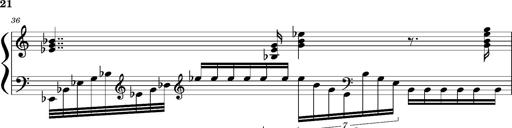
Title: Concerto sans orchestre, S.524a
Composer: Franz Liszt
Key: A major